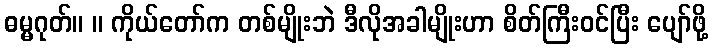
ဓမ္မဂုတ်။ ။ ကိုယ်တော်က တစ်မျိုးဘဲ ဒီလိုအခါမျိုးဟာ စိတ်ကြီးဝင်ပြီး ပျော်ဖို့